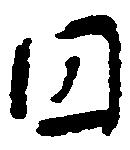
円